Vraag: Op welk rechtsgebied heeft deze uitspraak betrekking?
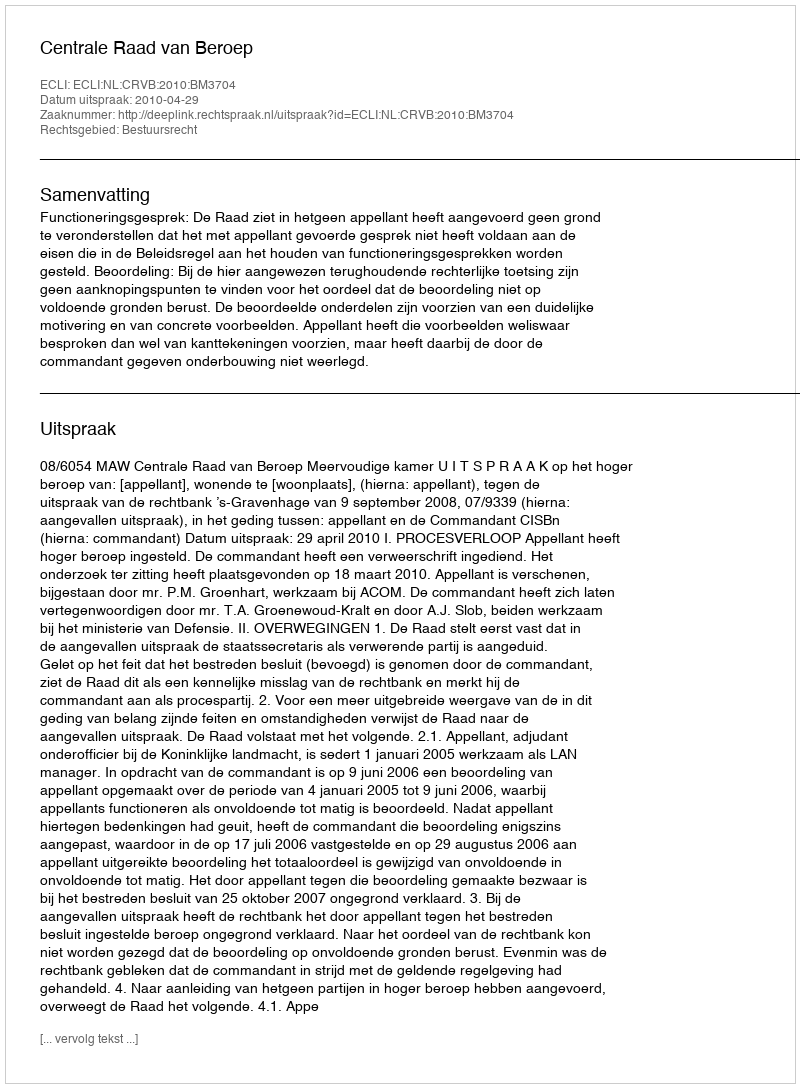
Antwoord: Bestuursrecht